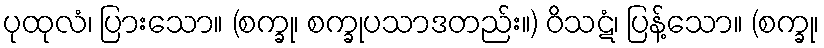
ပုထုလံ၊ ပြားသော။ (စက္ခု၊ စက္ခုပသာဒတည်း။) ဝိသဋံ၊ ပြန့်သော။ (စက္ခု၊